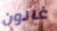
غالون